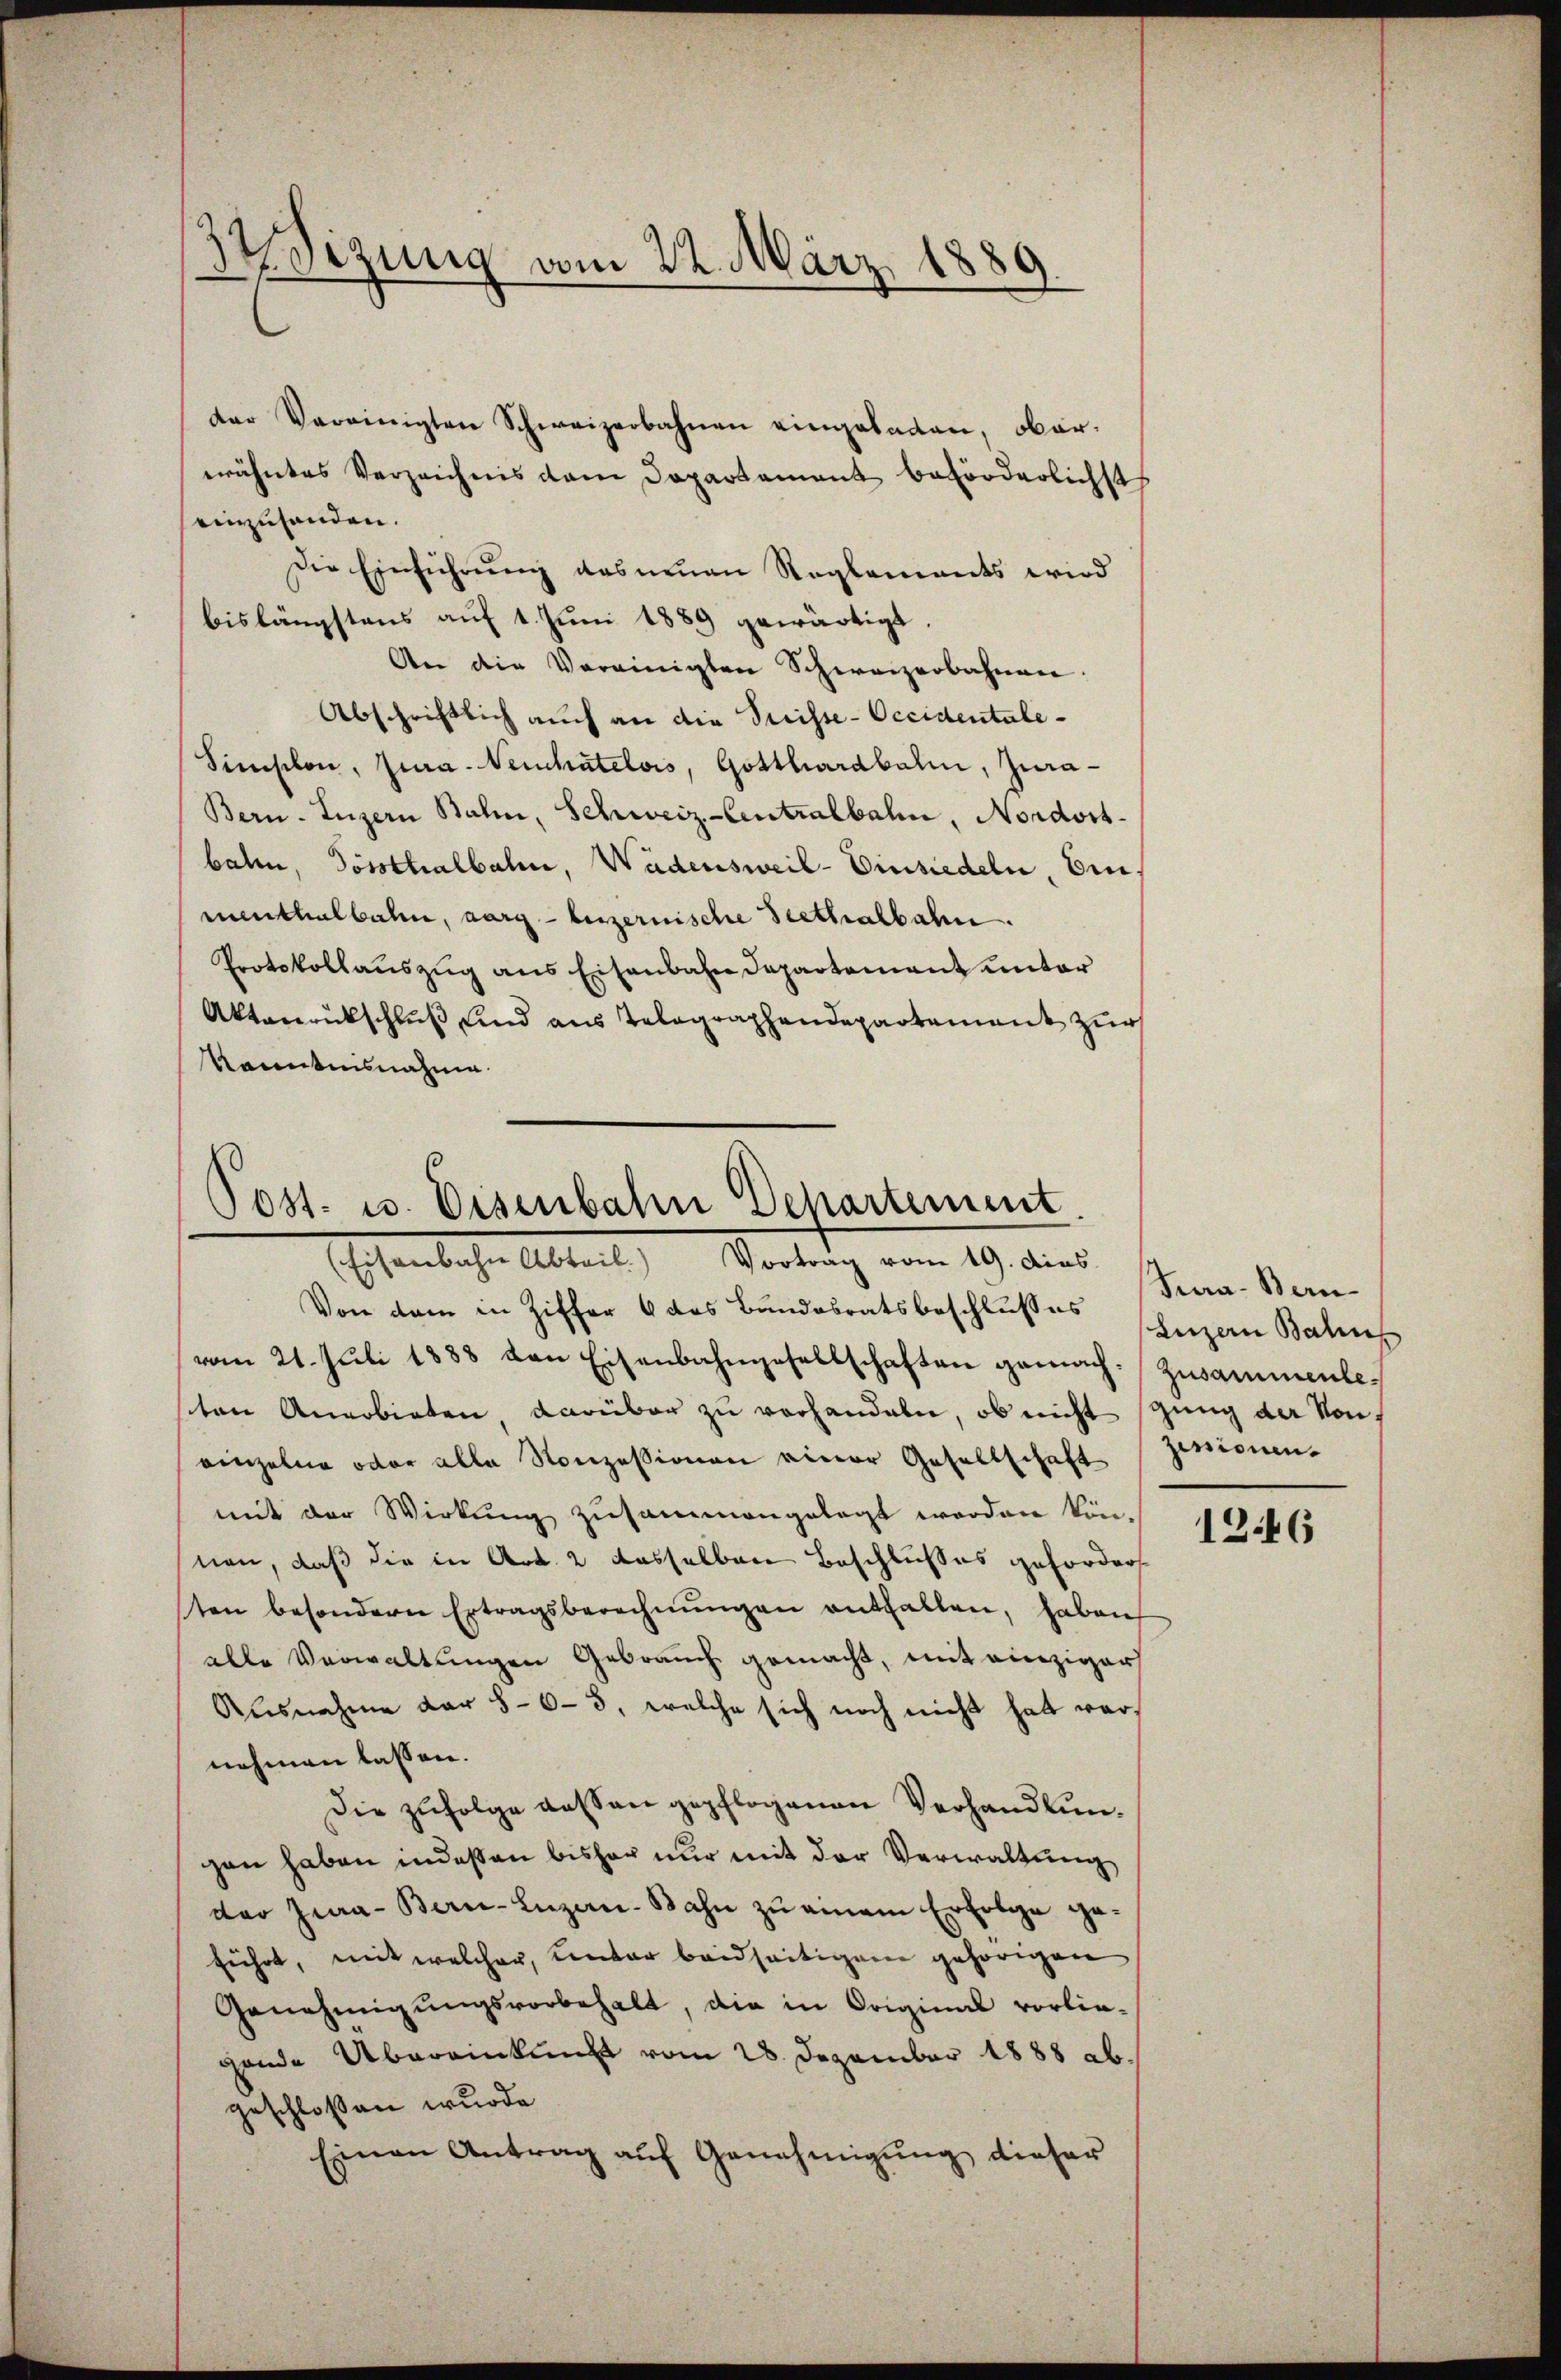
dizung vom 22. März 1889.

einzuhanden.
Die Einführŭng das neuen Reglements wird
bislängstens auf 1. Juni 1889 gewärtigt.
An die Vereinigten Schweizerbahnen.
Abschriftlich auch an die Preisse-Occidentale¬
Simischon, Jura. Neuchatelois, Gotthardbahn, Jura¬
Bern. Luzern Balin, Schweiz.-Centralbahn, Nordost-
balm, Posthalbahn, Wädensweil–Einsiedeln, Ein
menthalbahn, aarg- beizernische Seethalbahn.
Protokollaŭszŭg ans Eisenbahn Departement unter
Aktanrückschluß und aus Telegraphendepartement zur
kanntnisnahme.

der Vereinigten Schweizerbahnen eingeladen, ober-
wähntes Verzeichnis dem Dopartament beförderlichst

Post. u. Eisenbahn Departement
(Eisenbahn Abteil) Vortrag vom 19. dies

Von dem in Ziffer 6 das Bundesratsbeschlusses Luzern Bahnp
vom 21. Jŭli 1888 von Eisenbahngesellschaften gemach. Zusammenlesten Anerbieten, darüber zu verhandeln, ob nicht ging der von
einzelne oder alle Konzessionen einer Gesellschaft (Zinionen-
mit der Wirkung zusammengelegt worden kön-
nen, daß die in Art. 2 dasselben Beschlußes geforder
ten besondern Ertragsberechnŭngen entfallen, haben
alle Verwaltungen Gebrauch gemacht, mit einziger
Ausnahme dar 8-6-5, welche sich noch nicht hat vernehmen lassen.
Die zufolge dessen gepflogenen Verhandlungen haben indeßen bisher nur mit der Verwaltung
der Jura - Bern-Luzern-Bahn zu einem Erfolge ge-
führt, mit welcher, unter beidseitigem gehörigen
Genehmigungsvorbehalt, die in Original vorlie-
gende Übereinkunft vom 28. Dezember 1888 ab.
geschlossen wurde.
Einen Antrag aŭf Genehmigŭng dieser

Tura- Bern
1246